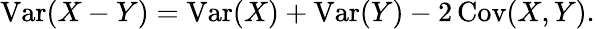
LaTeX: \operatorname{Var}(X-Y)=\operatorname{Var}(X)+\operatorname{Var}(Y)-2\operatorname{Cov}(X,Y).